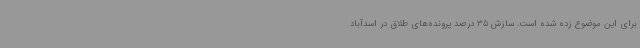
برای این موضوع زده شده است. سازش 35 درصد پرونده‌های طلاق در اسدآباد